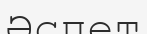
Әспет